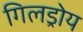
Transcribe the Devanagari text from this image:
गिलड्रोय